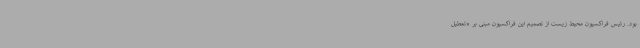
بود. رئیس فراکسیون محیط زیست از تصمیم این فراکسیون مبنی بر «تعطیل